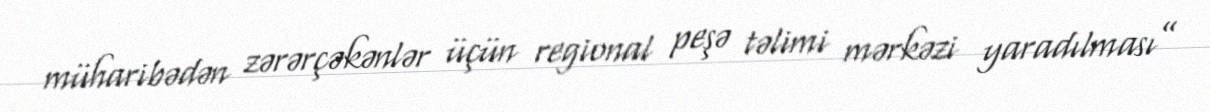
müharibədən zərərçəkənlər üçün regional peşə təlimi mərkəzi yaradılması”